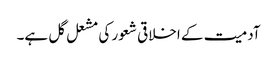
آدمیت کے اخلاقی شعور کی مشعل گل ہے۔